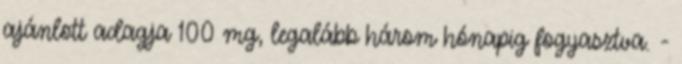
ajánlott adagja 100 mg, legalább három hónapig fogyasztva. -